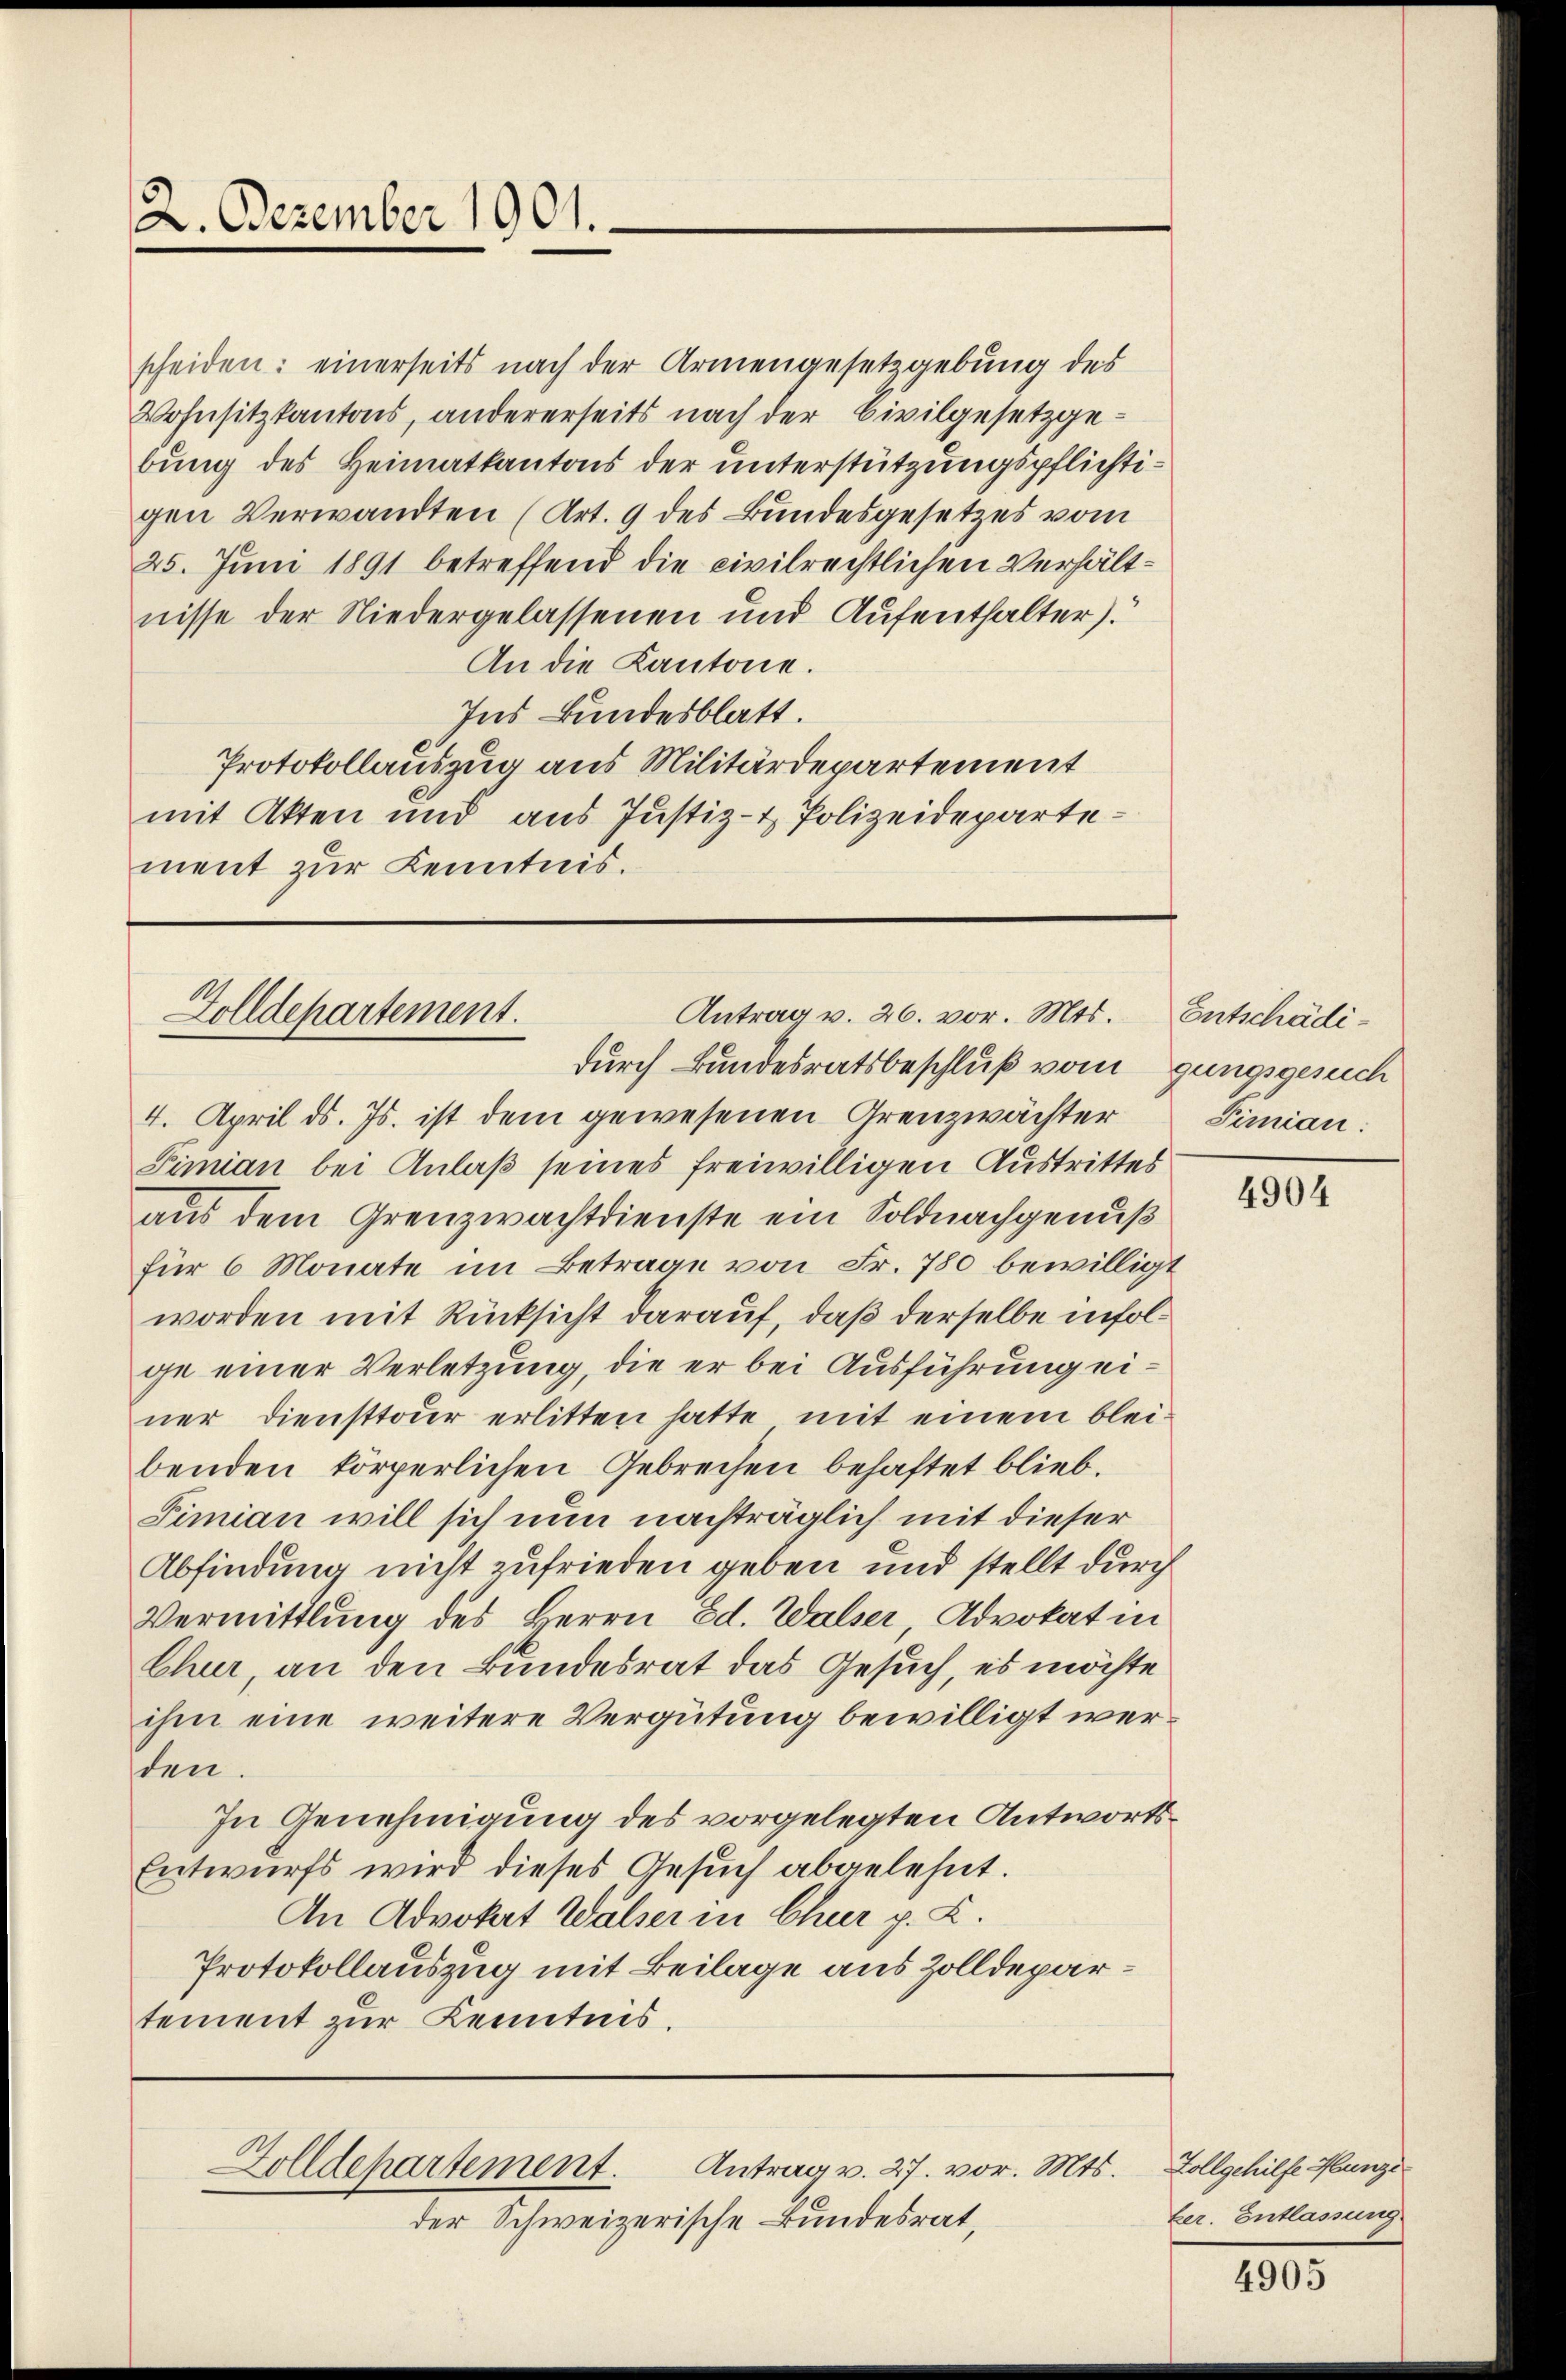
2. Dezember 1901.

scheiden: einerseits nach der Armengesetzgebung des
Wohnsitzkantons, andererseits nach der Civilgesetzgebung des Heimatkantons der unterstützungspflichtigen Verwandten (Art. 9 des Bundesgesetzes vom
25. Juni 1891 betreffend die civilrechtlichen Verhältnisse der Niedergelassenen und Aufenthalter).
An die Kantone.
Ins Bundesblatt.
Protokollauszug aus Militärdepartement
mit Akten und aus Justiz- & Polizeidepartement zur Kenntnis.

Antrag v. 26. vor. Mts.
Golldepartement.
durch Bundesratsbeschluß vom gungsgesuch

4. April d. Js. ist dem gewesenen Grenzwächter
Simian bei Anlaß seines freiwilligen Austrittes
aus dem Grenzwachtdienste ein Soldnachgenuß
für 6 Monate im Betrage von Fr. 780 bewilligt
worden mit Rücksicht darauf, daß derselbe infolge einer Verletzung, die er bei Ausführung einer Diensttour erlitten hatte mit einem bleibenden körperlichen Gebrechen behaftet blieb.
Simian will sich nun nachträglich mit dieser
Abfindung nicht zufrieden geben und stellt durch
Vermittlung des Herrn Ed. Walser Advokat in
Chur, an den Bundesrat das Gesuch, es möchte
ihm eine weitere Vergütung bewilligt werden.
In Genehmigung des vorgelegten Antworts¬
Entwurfs wird dieses Gesuch abgelehnt.
An Advokat Walser in Chur p. L.
Protokollauszug mit Beilage aus Zolldepartement zur Kenntnis.

Antrag v. 27. vor. Mts.
Zolldepartement.

der Schweizerische Bundesrat,

Entschädi¬
Pimian:

4904

Zollgehilfe Hunze
Eer. Entlassung.

4905